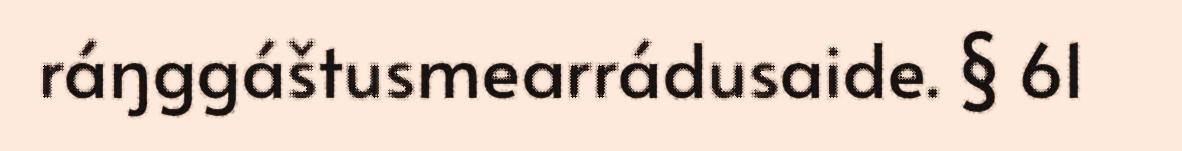
ráŋggáštusmearrádusaide. § 61